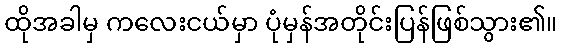
ထိုအခါမှ ကလေးငယ်မှာ ပုံမှန်အတိုင်းပြန်ဖြစ်သွား၏။